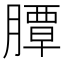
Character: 䐺